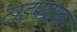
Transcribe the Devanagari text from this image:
टाइपग्राफर